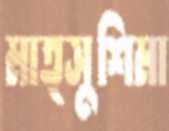
মাত্সুশিমা